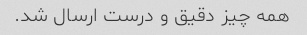
همه چیز دقیق و درست ارسال شد.